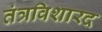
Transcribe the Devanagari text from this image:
तंत्रविशारद